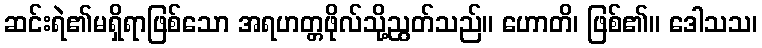
ဆင်းရဲ၏မရှိရာဖြစ်သော အရဟတ္တဖိုလ်သို့ညွတ်သည်။ ဟောတိ၊ ဖြစ်၏။ ဒေါသသ၊